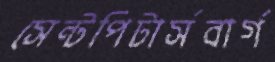
সেন্টপিটার্সবার্গ